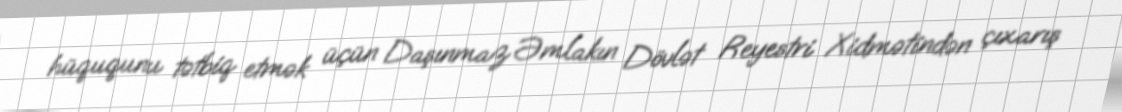
hüququnu tətbiq etmək üçün Daşınmaz Əmlakın Dövlət Reyestri Xidmətindən çıxarış